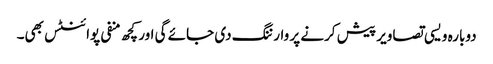
دوبارہ ویسی تصاویر پیش کرنے پر وارننگ دی جائے گی اور کچھ منفی پوائنٹس بھی۔